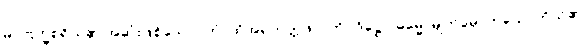
မဂ္ဂဗြဟ္မစရိယ၏ အဆုံးဖြစ်သော။ တံ၊ ထိုအရဟတ္တဖိုလ်ကို။ ဒိဋ္ဌေဝ ဓမ္မေ၊ မျက်မှောက်သောကိုယ်၏